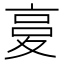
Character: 𡕨